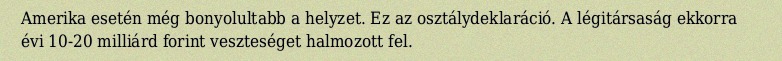
Amerika esetén még bonyolultabb a helyzet. Ez az osztálydeklaráció. A légitársaság ekkorra évi 10-20 milliárd forint veszteséget halmozott fel.